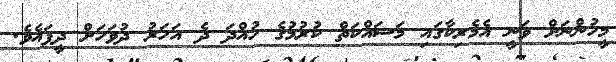
މީހުންނަށް ވަނީ އެމެރިކާގައި މަސައްކަތް ކުރުމުގެ ހުއްދަ ދެ އަހަރު ދުވަހަށް ދީފައެވެ.